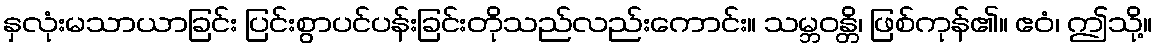
နှလုံးမသာယာခြင်း ပြင်းစွာပင်ပန်းခြင်းတိုသည်လည်းကောင်း။ သမ္ဘဝန္တိ၊ ဖြစ်ကုန်၏။ ဧဝံ၊ ဤသို့။